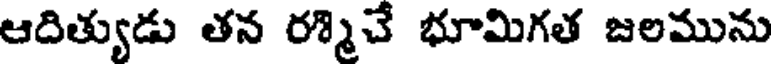
ఆదిత్యుడు తన రశ్మిచే భూమిగత జలమును